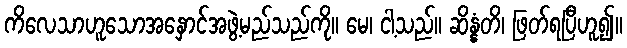
ကိလေသာဟူသောအနှောင်အဖွဲ့မည်သည်ကို။ မေ၊ ငါ့သည်။ ဆိန္နံတိ၊ ဖြတ်ရပြီဟူ၍။